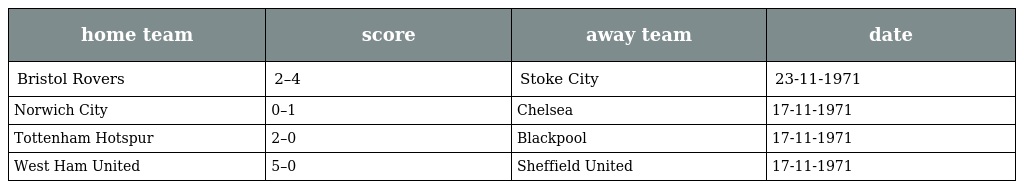
| home team | score | away team | date |
 | --- | --- | --- | --- |
 | Bristol Rovers | 2–4 | Stoke City | 23-11-1971 |
 | Norwich City | 0–1 | Chelsea | 17-11-1971 |
 | Tottenham Hotspur | 2–0 | Blackpool | 17-11-1971 |
 | West Ham United | 5–0 | Sheffield United | 17-11-1971 |